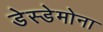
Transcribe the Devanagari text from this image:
डेस्डेमोना